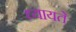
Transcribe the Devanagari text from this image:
ध्यायते